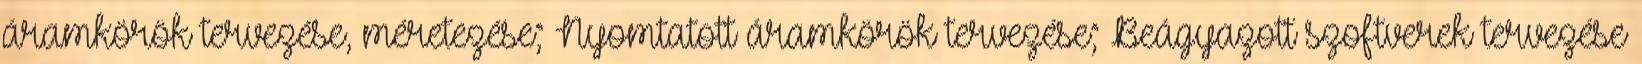
áramkörök tervezése, méretezése; Nyomtatott áramkörök tervezése; Beágyazott szoftverek tervezése